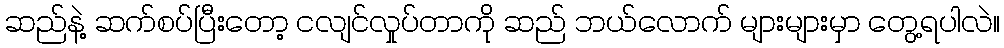
ဆည်နဲ့ ဆက်စပ်ပြီးတော့ ငလျင်လှုပ်တာကို ဆည် ဘယ်လောက် များများမှာ တွေ့ရပါလဲ။